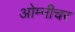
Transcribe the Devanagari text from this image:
ओम्नीचर